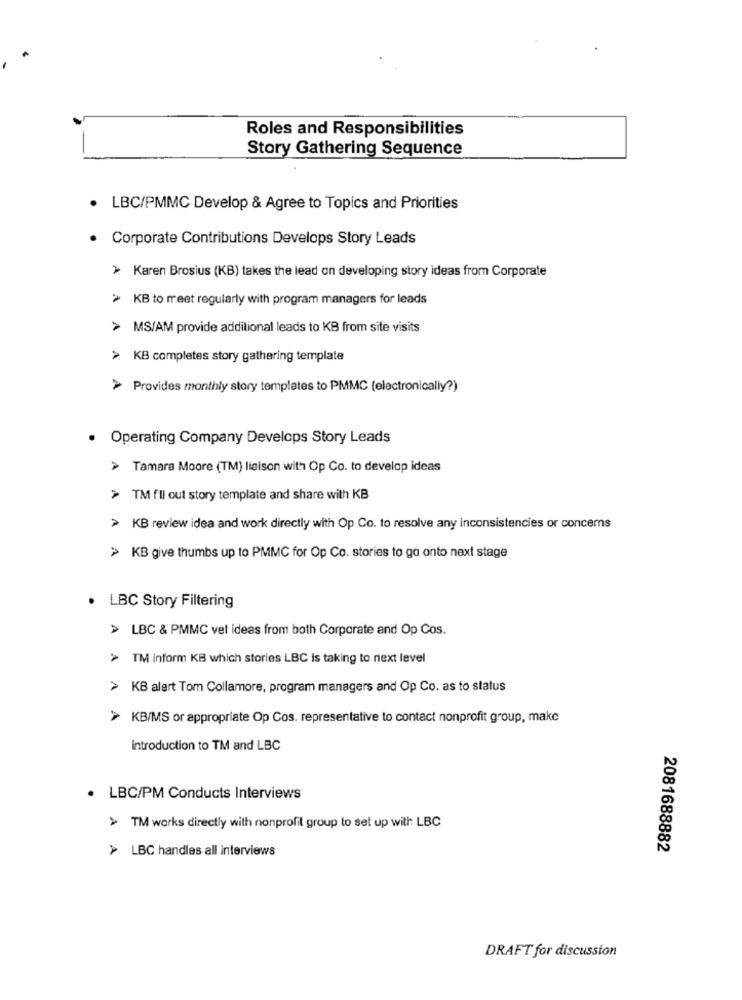
Roles and Responsibilities
Story Gathering Sequence
· LBC/PMMC Develop & Agree to Topics and Priorities
· Corporate Contributions Develops Story Leads
> Karen Brosius (KB) takes the lead on developing story ideas from Corporate
> KB to meet regularly with program managers for leads
> MS/AM provide additional leads to KB from site visits
> KB completes story gathering template
> Provides monthly story templates to PMMC (electronically?)
. Operating Company Develops Story Leads
> Tamara Moore (TM) liaison with Op Co. to develop ideas
> TM fill out story template and share with KB
> KB review idea and work directly with Op Co. to resolve any inconsistencies or concerns
> KB give thumbs up to PMMC for Op Co. stories to go onto next stage
.LBC Story Filtering
> LBC & PMMC vet ideas from both Corporate and Op Cos.
> TM inform KB which stories LBC is taking to next level
> KB alert Tom Collamore, program managers and Op Co. as to status
> KB/MS or appropriate Op Cos. representative to contact nonprofit group, make
introduction to TM and LBC
· LBC/PM Conducts Interviews
> TM works directly with nonprofit group to set up with LBC
> LBC handles all interviews
2081688882
DRAFT for discussion